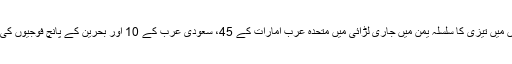
سعودی عرب کی قیادت میں حملوں میں تیزی کا سلسلہ یمن میں جاری لڑائی میں متحدہ عرب امارات کے 45، سعودی عرب کے 10 اور بحرین کے پانچ فوجیوں کی ہلاکت کے بعد شروع کیا گیا ہے۔